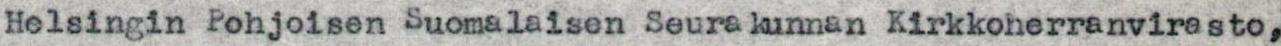
Helsingin Pohjoisen Suomalaisen Seurakunnan Kirkkoherranvirasto,